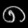
Digit: ၈